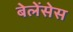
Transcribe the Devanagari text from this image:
बेलेंसेस